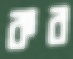
কর